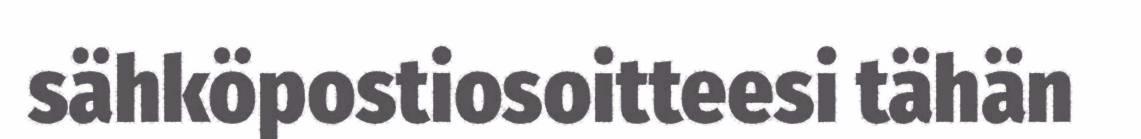
sähköpostiosoitteesi tähän